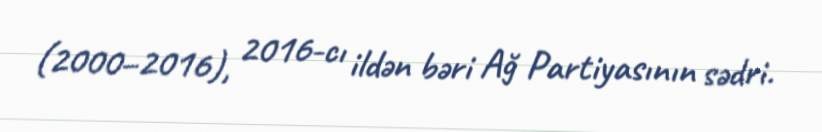
(2000–2016), 2016-cı ildən bəri Ağ Partiyasının sədri.